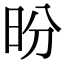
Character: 昐